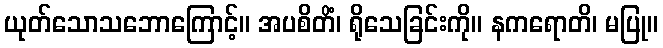
ယုတ်သောသဘောကြောင့်။ အပစိတိံ၊ ရိုသေခြင်းကို။ နကရောတိ၊ မပြု။